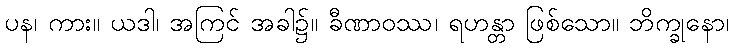
ပန၊ ကား။ ယဒါ၊ အကြင် အခါ၌။ ခီဏာဝဿ၊ ရဟန္တာ ဖြစ်သော။ ဘိက္ခုနော၊